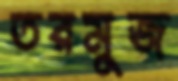
তরমুজ